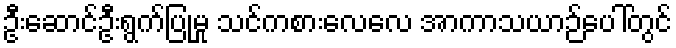
ဦးဆောင်ဦးရွက်ပြုမှု သင်ကစားလေလေ အာကာသယာဉ်ပေါ်တွင်